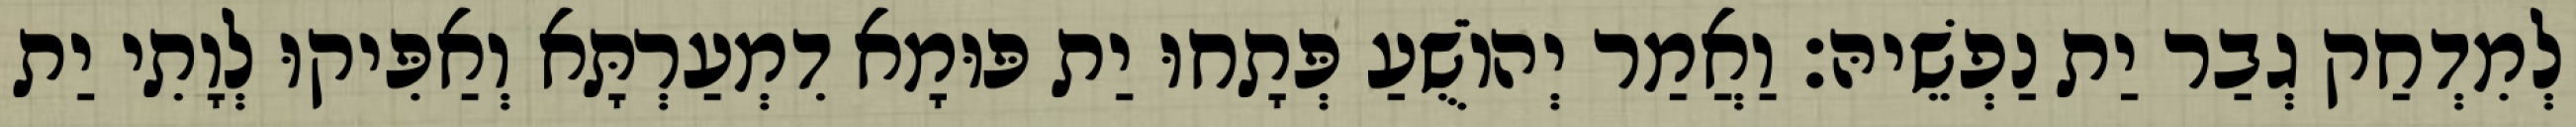
לְמִדְחַק גְבַר יַת נַפְשֵׁיהּ׃ וַאֲמַר יְהוֹשֻׁעַ פְּתָחוּ יַת פּוּמָא דִמְעַרְתָּא וְאַפִּיקוּ לְוָתִי יַת